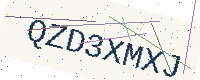
Text: QZD3XMXJ